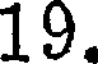
19.